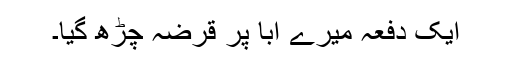
ایک دفعہ میرے ابّا پر قرضہ چڑھ گیا۔